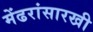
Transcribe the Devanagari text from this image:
मेंढरांसारखी